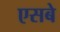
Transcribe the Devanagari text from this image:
एसबे